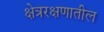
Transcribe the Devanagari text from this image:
क्षेत्ररक्षणातील